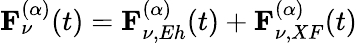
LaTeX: \mathbf{F}_{\nu}^{(\alpha)}(t)=\mathbf{F}_{\nu,Eh}^{(\alpha)}(t)+\mathbf{F}_{\nu,XF}^{(\alpha)}(t)